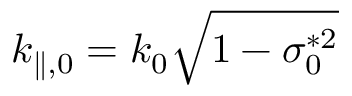
k _ { \parallel , 0 } = k _ { 0 } \sqrt { 1 - \sigma _ { 0 } ^ { * 2 } }